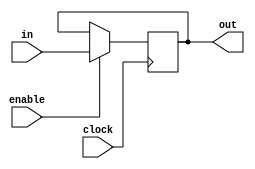


module registrador(in, enable, clock, out);

	input [15:0] in;
	input enable, clock;
	output reg [15:0] out;
	
	// Inicializa o registrador com 0
	initial out = 16'b0000000000000000;
	
	// Sempre que o clock cair e o registrador estiver disposto a escrita, o registrador recebe o valor de in
	always @(negedge clock) begin
		if (enable == 1) out = in;
	end
endmodule